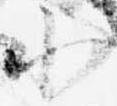
小